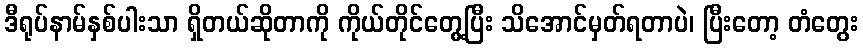
ဒီရုပ်နာမ်နှစ်ပါးသာ ရှိတယ်ဆိုတာကို ကိုယ်တိုင်တွေ့ပြီး သိအောင်မှတ်ရတာပဲ၊ ပြီးတော့ တံတွေး